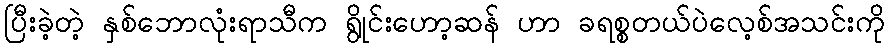
ပြီးခဲ့တဲ့ နှစ်ဘောလုံးရာသီက ရွိုင်းဟော့ဆန် ဟာ ခရစ္စတယ်ပဲလေ့စ်အသင်းကို